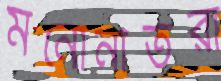
মনোনীতরা